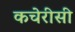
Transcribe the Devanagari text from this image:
कचेरीसी